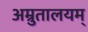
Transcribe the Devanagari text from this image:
अम्रुतालयम्